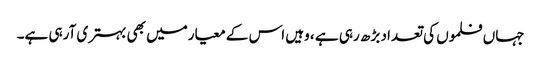
جہاں فلموں کی تعداد بڑھ رہی ہے ، وہیں اس کے معیارمیں بھی بہتری آرہی ہے۔